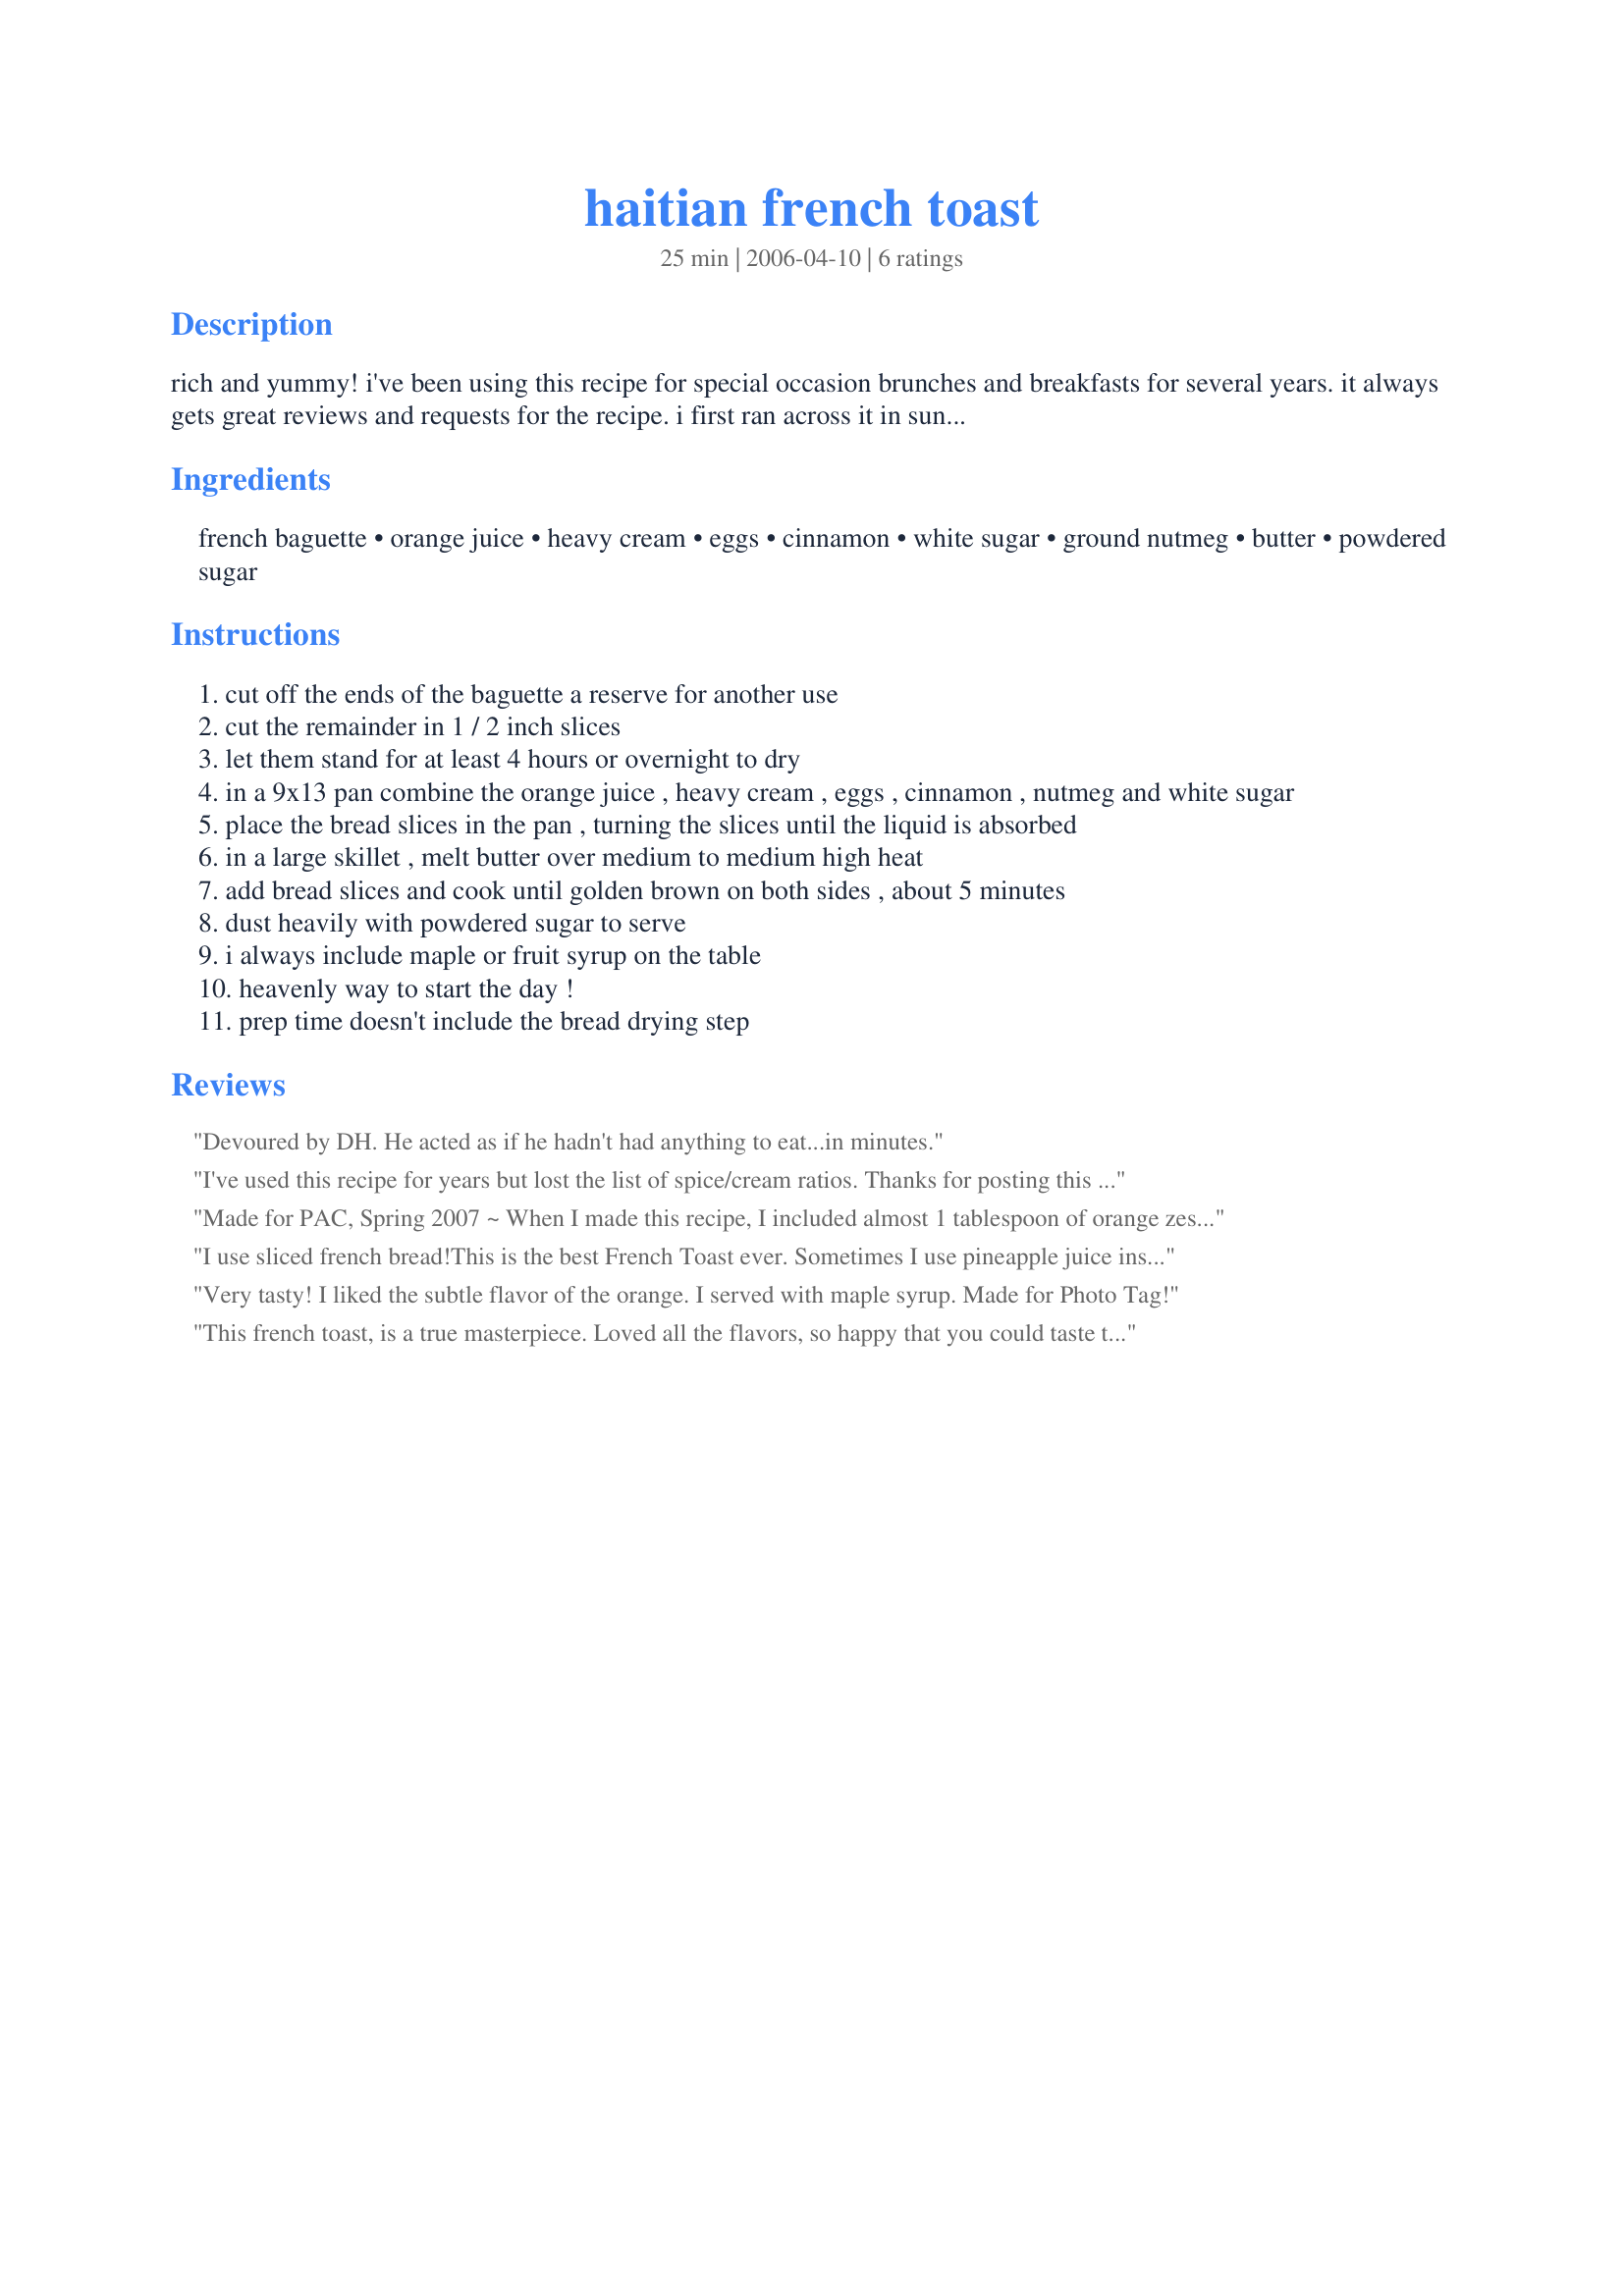
haitian french toast
Preparation time: 25 minutes

rich and yummy! i've been using this recipe for special occasion brunches and breakfasts for several years. it always gets great reviews and requests for the recipe. i first ran across it in sunset magazine years ago. i hope you enjoy it!

Ingredients:
french baguette, orange juice, heavy cream, eggs, cinnamon, white sugar, ground nutmeg, butter, powdered sugar

Steps:
cut off the ends of the baguette a reserve for another use
cut the remainder in 1 / 2 inch slices
let them stand for at least 4 hours or overnight to dry
in a 9x13 pan combine the orange juice , heavy cream , eggs , cinnamon , nutmeg and white sugar
place the bread slices in the pan , turning the slices until the liquid is absorbed
in a large skillet , melt butter over medium to medium high heat
add bread slices and cook until golden brown on both sides , about 5 minutes
dust heavily with powdered sugar to serve
i always include maple or fruit syrup on the table
heavenly way to start the day !
prep time doesn't include the bread drying step

Reviews:
Devoured by DH. He acted as if he hadn't had anything to eat...in minutes.
I've used this recipe for years but lost the list of spice/cream ratios. Thanks for posting this on recipezaar.
Made for PAC, Spring 2007 ~ When I made this recipe, I included almost 1 tablespoon of orange zest, & it made for a very, very tasty toast served with light corn syrup! I'll be keeping this recipe around!
I use sliced french bread!This is the best French Toast ever. Sometimes I use pineapple juice instead of orange juice.
Very tasty! I liked the subtle flavor of the orange. I served with maple syrup. Made for Photo Tag!
This french toast, is a true masterpiece. Loved all the flavors, so happy that you could taste the cinnamon, nutmeg, orange and cream. What a great french toast this was, was delicious. Made the french toast with calabrese bread (what I had on hand), made exactly as written and wouldn&#039;t change a thing. Garnished mine with icing sugar while the dh had warmed maple syrup on his. Thank you for sharing a recipe that I will make again and again. Kudos for making it into my Favorites Cookbook for 2014.
